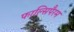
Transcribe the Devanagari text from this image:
फाल्सिपैरम